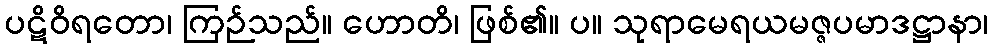
ပဋိဝိရတော၊ ကြဉ်သည်။ ဟောတိ၊ ဖြစ်၏။ ပ။ သုရာမေရယမဇ္ဇပမာဒဋ္ဌာနာ၊